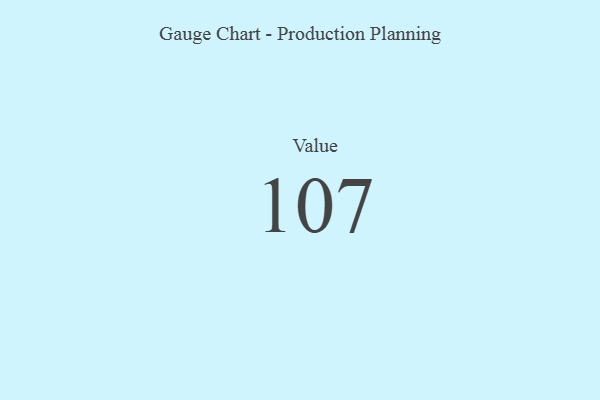
{"axis": {"x": "Metric", "y": "Value"}, "legend": [""], "data": [{"x": "Value", "y": 107, "type": ""}]}